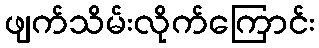
ဖျက်သိမ်းလိုက်ကြောင်း